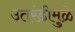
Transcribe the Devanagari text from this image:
उतरंडीमुळे